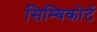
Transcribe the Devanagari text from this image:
सिम्बिकोर्ट